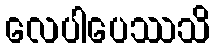
လေပါပေဿသိ